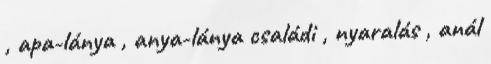
, apa-lánya , anya-lánya családi , nyaralás , anál